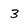
Character: 3